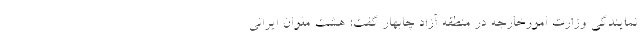
نمایندگی وزارت امورخارجه در منطقه آزاد چابهار گفت: هشت ملوان ایرانی